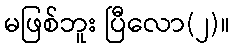
မဖြစ်ဘူး ပြီလော(၂)။